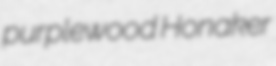
purplewood Honaker